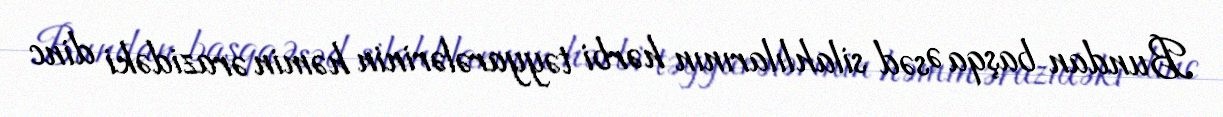
Bundan başqa Əsəd silahlılarının hərbi təyyarələrinin həmin ərazidəki dinc